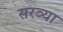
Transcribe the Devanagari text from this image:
सरव्या